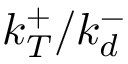
k _ { T } ^ { + } / k _ { d } ^ { - }